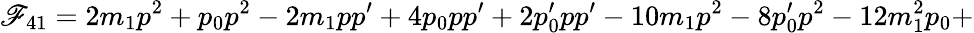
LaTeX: \mathscr{F}_{41}=2m_{1}p^{2}+p_{0}p^{2}-2m_{1}pp^{\prime}+4p_{0}pp^{\prime}+2p_{0}^{\prime}pp^{\prime}-10m_{1}p^{2}-8p_{0}^{\prime}p^{2}-12m_{1}^{2}p_{0}+